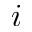
i